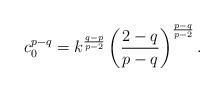
LaTeX: \begin{align*}c_0^{p-q} = k^{\frac{q-p}{p-2}}\left( \frac{2-q}{p-q}\right)^{\frac{p-q}{p-2}}. \end{align*}